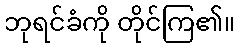
ဘုရင်ခံကို တိုင်ကြ၏။